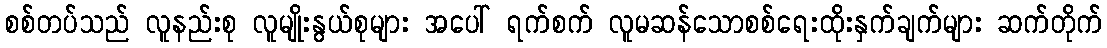
စစ်တပ်သည် လူနည်းစု လူမျိုးနွယ်စုများ အပေါ် ရက်စက် လူမဆန်သောစစ်ရေးထိုးနှက်ချက်များ ဆက်တိုက်